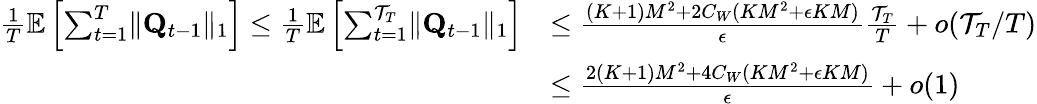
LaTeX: \begin{array}{rl}{\frac 1T\mathbb E\left[\sum_{t=1}^{T}\lVert\mathbf Q_{t-1}\rVert_{1}\right]\le\frac 1T\mathbb E\left[\sum_{t=1}^{\mathcal T_{T}}\lVert\mathbf Q_{t-1}\rVert_{1}\right]}&{\le\frac{(K+1)M^{2}+2C_{W}(KM^{2}+\epsilon KM)}\epsilon\frac{\mathcal T_{T}}T+o(\mathcal T_{T}/T)}\\ &{\le\frac{2(K+1)M^{2}+4C_{W}(KM^{2}+\epsilon KM)}\epsilon+o(1)}\end{array}